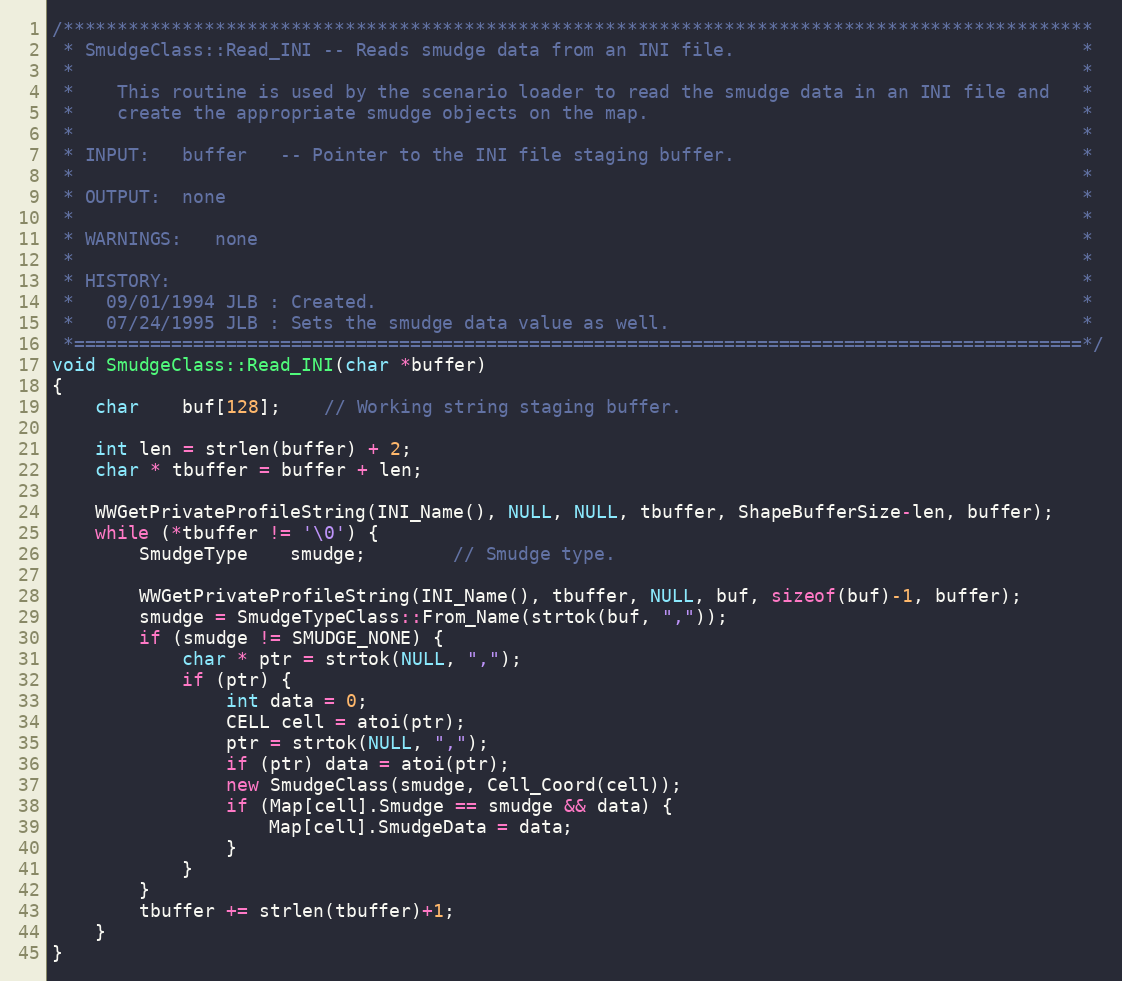
Language: C++
/***********************************************************************************************
 * SmudgeClass::Read_INI -- Reads smudge data from an INI file.                                *
 *                                                                                             *
 *    This routine is used by the scenario loader to read the smudge data in an INI file and   *
 *    create the appropriate smudge objects on the map.                                        *
 *                                                                                             *
 * INPUT:   buffer   -- Pointer to the INI file staging buffer.                                *
 *                                                                                             *
 * OUTPUT:  none                                                                               *
 *                                                                                             *
 * WARNINGS:   none                                                                            *
 *                                                                                             *
 * HISTORY:                                                                                    *
 *   09/01/1994 JLB : Created.                                                                 *
 *   07/24/1995 JLB : Sets the smudge data value as well.                                      *
 *=============================================================================================*/
void SmudgeClass::Read_INI(char *buffer)
{
	char	buf[128];	// Working string staging buffer.

	int len = strlen(buffer) + 2;
	char * tbuffer = buffer + len;

	WWGetPrivateProfileString(INI_Name(), NULL, NULL, tbuffer, ShapeBufferSize-len, buffer);
	while (*tbuffer != '\0') {
		SmudgeType	smudge;		// Smudge type.

		WWGetPrivateProfileString(INI_Name(), tbuffer, NULL, buf, sizeof(buf)-1, buffer);
		smudge = SmudgeTypeClass::From_Name(strtok(buf, ","));
		if (smudge != SMUDGE_NONE) {
			char * ptr = strtok(NULL, ",");
			if (ptr) {
				int data = 0;
				CELL cell = atoi(ptr);
				ptr = strtok(NULL, ",");
				if (ptr) data = atoi(ptr);
				new SmudgeClass(smudge, Cell_Coord(cell));
				if (Map[cell].Smudge == smudge && data) {
					Map[cell].SmudgeData = data;
				}
			}
		}
		tbuffer += strlen(tbuffer)+1;
	}
}